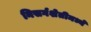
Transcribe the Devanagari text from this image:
निसर्गशेतीमध्ये